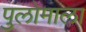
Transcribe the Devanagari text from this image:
पुलोमाला